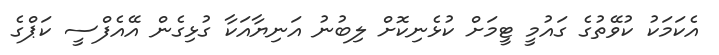
އެކަމަކު ކުވޭތުގެ ގައުމީ ޓީމަށް ކުޅެނިކޮށް ލިބުނު އަނިޔާއަކާ ގުޅިގެން އޭއެފްސީ ކަޕްގެ